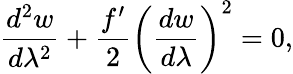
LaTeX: \frac{d^{2}w}{d\lambda^{2}}+\frac{f^{\prime}}{2}\left(\frac{dw}{d\lambda}\right)^{2}=0,